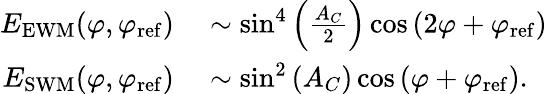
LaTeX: \begin{array}{rl}{E_{\mathrm{EWM}}(\varphi,\varphi_{\mathrm{ref}})}&{{}\sim\sin^{4}\left(\frac{A_{C}}{2}\right)\cos\left(2\varphi+\varphi_{\mathrm{ref}}\right)}\\ {E_{\mathrm{SWM}}(\varphi,\varphi_{\mathrm{ref}})}&{{}\sim\sin^{2}\left(A_{C}\right)\cos\left(\varphi+\varphi_{\mathrm{ref}}\right).}\end{array}